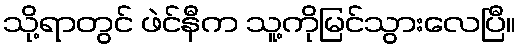
သို့ရာတွင် ဖဲင်နီက သူ့ကိုမြင်သွားလေပြီ။